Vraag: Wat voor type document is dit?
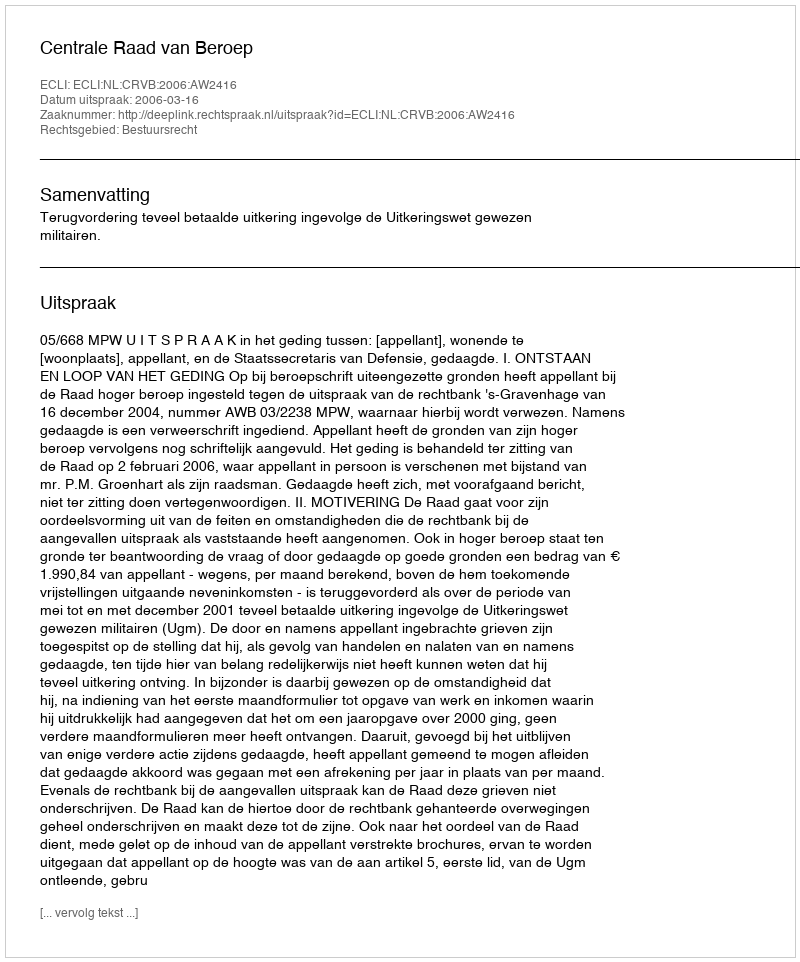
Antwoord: Uitspraak